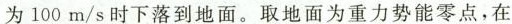
为100m/s时下落到地面。取地面为重力势能零点，在